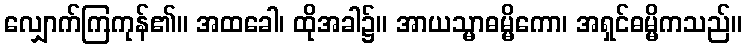
လျှောက်ကြကုန်၏။ အထခေါ၊ ထိုအခါ၌။ အာယသ္မာဓမ္မိကော၊ အရှင်ဓမ္မိကသည်။